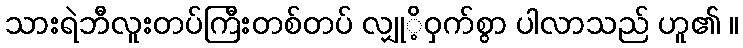
သားရဲဘီလူးတပ်ကြီးတစ်တပ် လျှုိ့ဝှက်စွာ ပါလာသည် ဟူ၏ ။